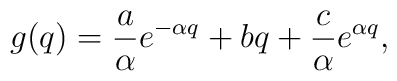
g(q) = \frac{a}{\alpha} e^{- \alpha q }+b q +  \frac{c}{\alpha} e^{\alpha q} ,